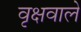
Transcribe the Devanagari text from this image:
वृक्षवाले